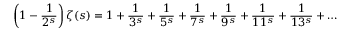
\left( 1 - { \frac { 1 } { 2 ^ { s } } } \right) \zeta ( s ) = 1 + { \frac { 1 } { 3 ^ { s } } } + { \frac { 1 } { 5 ^ { s } } } + { \frac { 1 } { 7 ^ { s } } } + { \frac { 1 } { 9 ^ { s } } } + { \frac { 1 } { 1 1 ^ { s } } } + { \frac { 1 } { 1 3 ^ { s } } } + \ldots